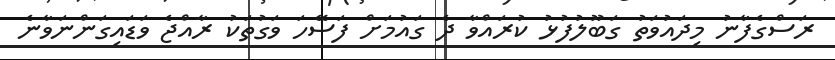
ރަސްގެފާނު މިދައުވަތު ގަބޫލުފުޅު ކުރައްވާ ދެ ގައުމަށް ފަސޭހަ ވަގުތަކު ރާއްޖެ ވަޑައިގަންނަވާނެ